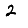
Digit: 2